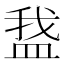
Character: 𬐡